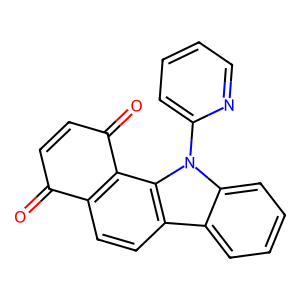
SMILES: O=C1C=CC(=O)c2c1ccc1c3ccccc3n(-c3ccccn3)c21
Inhibits HIV replication: No